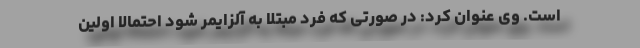
است. وی عنوان کرد: در صورتی که فرد مبتلا به آلزایمر شود احتمالاً اولین